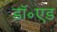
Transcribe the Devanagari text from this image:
डॉ॰एड